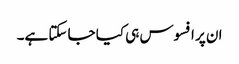
ان پر افسوس ہی کیا جا سکتا ہے۔